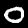
Digit: 0